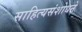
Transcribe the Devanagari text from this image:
साहित्यसंशोधने